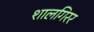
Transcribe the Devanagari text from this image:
शालगिरर